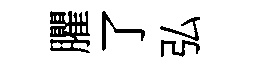
臞了弘